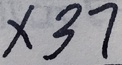
\times 3 7